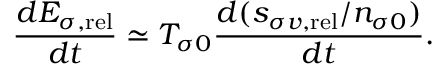
\frac { d { \cal E } _ { \sigma , \mathrm { r e l } } } { d t } \simeq T _ { \sigma 0 } \frac { d ( s _ { \sigma v , \mathrm { r e l } } / n _ { \sigma 0 } ) } { d t } .